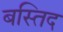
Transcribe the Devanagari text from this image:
बस्तिद